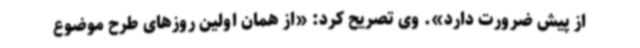
از پیش ضرورت دارد». وی تصریح کرد: «از همان اولین روزهای طرح موضوع